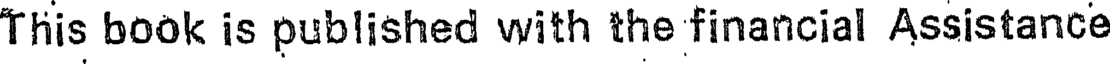
This book is published with the financial Assistance